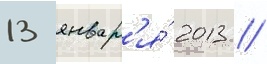
13 январ'я́ 2013 /